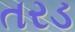
તરડ